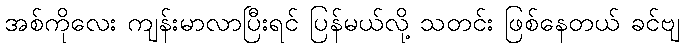
အစ်ကိုလေး ကျန်းမာလာပြီးရင် ပြန်မယ်လို့ သတင်း ဖြစ်နေတယ် ခင်ဗျ